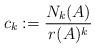
LaTeX: \begin{align*}c_k:=\frac{N_k(A)}{r(A)^k}\ \end{align*}